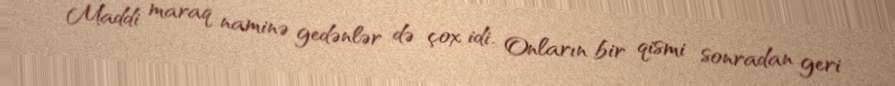
Maddi maraq naminə gedənlər də çox idi. Onların bir qismi sonradan geri